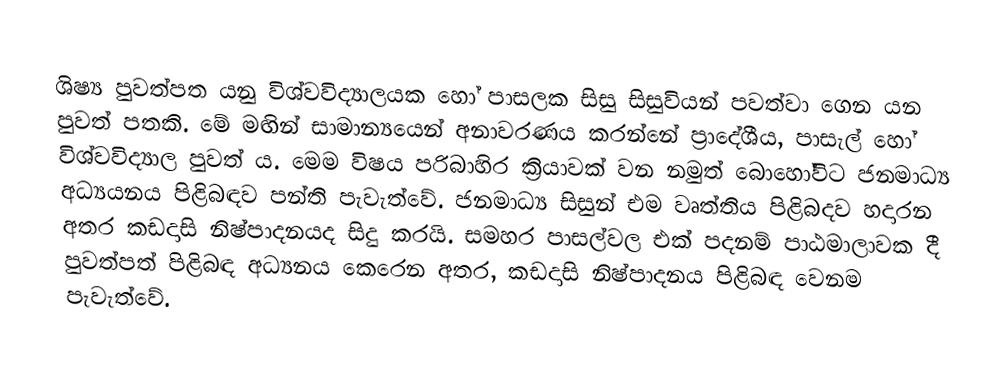
ශිෂ්‍ය  පුවත්පත යනු විශ්වවිද්‍යාලයක හෝ පාසලක සිසු සිසුවියන් පවත්වා ගෙන යන පුවත් පතකි. මේ මඟින්  සාමාන්‍යයෙන් අනාවරණය කරන්නේ ප්‍රාදේශීය, පාසැල් හෝ විශ්වවිද්‍යාල පුවත් ය. මෙම විෂය පරිබාහිර ක්‍රියාවක් වන නමුත් බොහෝවිට ජනමාධ්‍ය අධ්‍යයනය පිළිබඳව පන්ති පැවැත්වේ. ජනමාධ්‍ය සිසුන් එම වෘත්තිය පිළිබදව හදාරන අතර කඩදාසි නිෂ්පාදනයද සිදු කරයි. සමහර පාසල්වල එක් පදනම් පාඨමාලාවක දී පුවත්පත් පිළිබඳ අධ්‍යනය කෙරෙන අතර, කඩදාසි නිෂ්පාදනය පිළිබඳ වෙනම පැවැත්වේ.